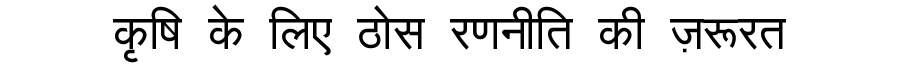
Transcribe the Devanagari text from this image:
कृषि के लिए ठोस रणनीति की ज़रूरत